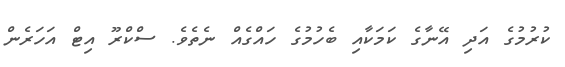
ކުރުމުގެ އަދި އޭނާގެ ކަމަކާއި ބެހުމުގެ ހައްގެއް ނެތެވެ. ސްކްރޫ އިޓް އަހަރެން